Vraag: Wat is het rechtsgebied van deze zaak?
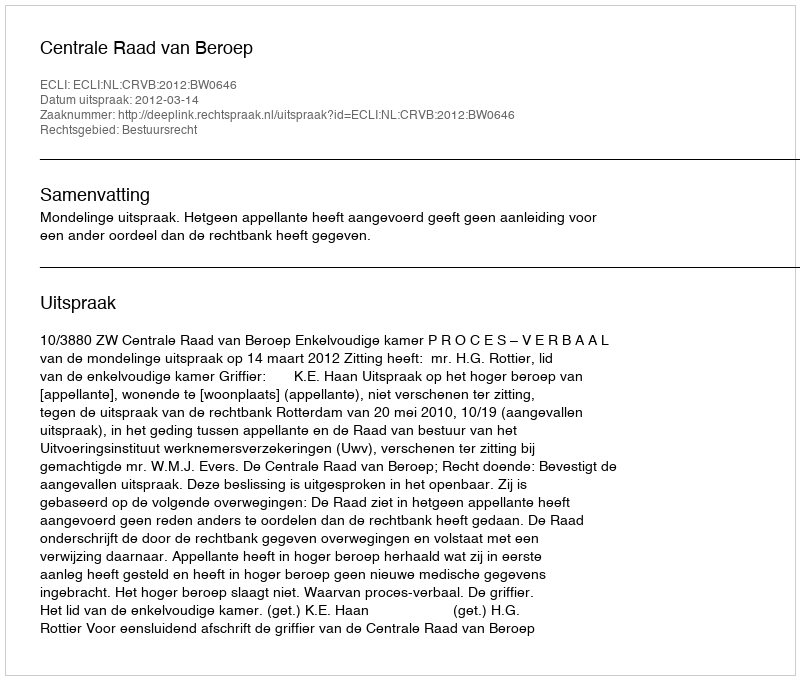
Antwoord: Bestuursrecht